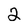
Character: 2